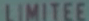
LIMITEE